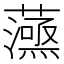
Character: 𧁛